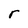
Character: r